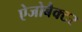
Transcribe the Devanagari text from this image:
ऐजोबैक्टर